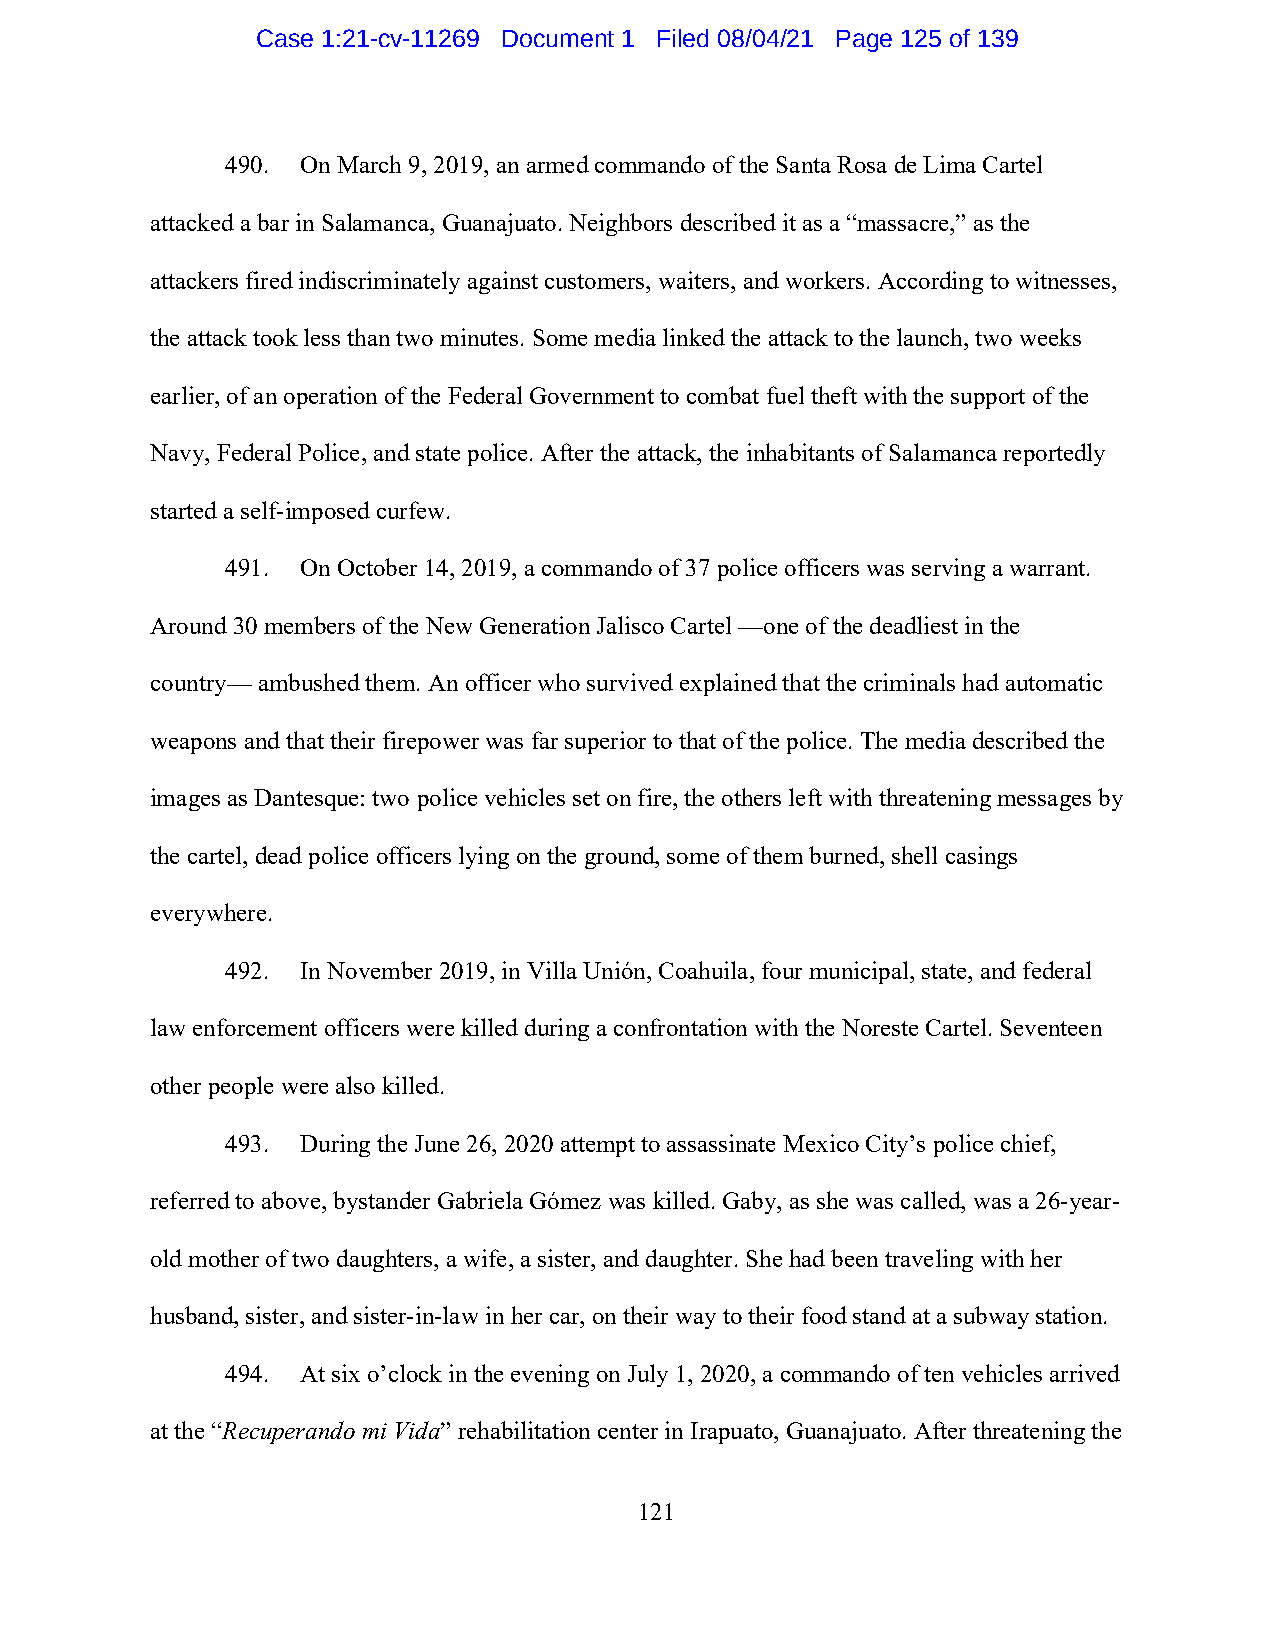
Case 1:21-cv-11269 Document 1 Filed 08/04/21 Page 125 of 139
 490. On March 9, 2019, an armed commando of the Santa Rosa de Lima Cartel
 attacked a bar in Salamanca, Guanajuato. Neighbors described it as a “massacre,” as the
 attackers fired indiscriminately against customers, waiters, and workers. According to witnesses,
 the attack took less than two minutes. Some media linked the attack to the launch, two weeks
 earlier, of an operation of the Federal Government to combat fuel theft with the support of the
 Navy, Federal Police, and state police. After the attack, the inhabitants of Salamanca reportedly
 started a self-imposed curfew.
 491. On October 14, 2019, a commando of 37 police officers was serving a warrant.
 Around 30 members of the New Generation Jalisco Cartel —one of the deadliest in the
 country— ambushed them. An officer who survived explained that the criminals had automatic
 weapons and that their firepower was far superior to that of the police. The media described the
 images as Dantesque: two police vehicles set on fire, the others left with threatening messages by
 the cartel, dead police officers lying on the ground, some of them burned, shell casings
 everywhere.
 492. In November 2019, in Villa Unión, Coahuila, four municipal, state, and federal
 law enforcement officers were killed during a confrontation with the Noreste Cartel. Seventeen
 other people were also killed.
 493. During the June 26, 2020 attempt to assassinate Mexico City’s police chief,
 referred to above, bystander Gabriela Gómez was killed. Gaby, as she was called, was a 26-year-
 old mother of two daughters, a wife, a sister, and daughter. She had been traveling with her
 husband, sister, and sister-in-law in her car, on their way to their food stand at a subway station.
 494. At six o’clock in the evening on July 1, 2020, a commando of ten vehicles arrived
 at the “Recuperando mi Vida” rehabilitation center in Irapuato, Guanajuato. After threatening the
 121